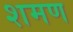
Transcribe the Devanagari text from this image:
शमण